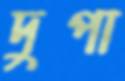
দুপা